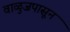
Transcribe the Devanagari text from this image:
वाळुजपासून